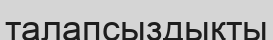
талапсыздықты